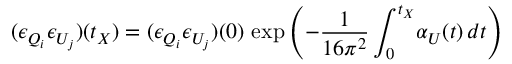
( \epsilon _ { Q _ { i } } \epsilon _ { U _ { j } } ) ( t _ { X } ) = ( \epsilon _ { Q _ { i } } \epsilon _ { U _ { j } } ) ( 0 ) \, \exp \left( - \frac { 1 } { 1 6 \pi ^ { 2 } } \int _ { 0 } ^ { t _ { X } } \! \alpha _ { U } ( t ) \, d t \right)